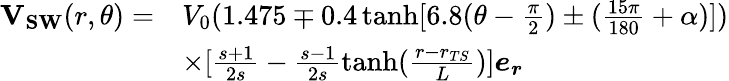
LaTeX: \begin{array}{rl}{\mathbf{V_{SW}}(r,\theta)=}&{V_{0}(1.475\mp 0.4\operatorname{tanh}[6.8(\theta-\frac{\pi}{2})\pm(\frac{15\pi}{180}+\alpha)])}\\ &{\times[\frac{s+1}{2s}-\frac{s-1}{2s}\operatorname{tanh}(\frac{r-r_{TS}}{L})]\boldsymbol{e_{r}}}\end{array}